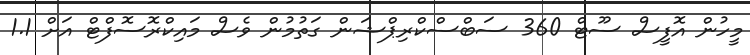
މީހުން އޮފީސް ސޫޓް 360 ސަބްސްކްރިޕްޝަން ގަތުމުން ވެސް މައިކްރޮސޮފްޓް އަށް 1.1